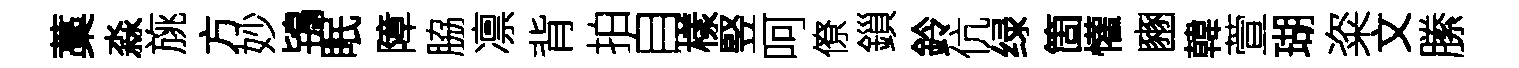
藁淼旐方妙鴇眠障脇凛背拍自樣竪呵僚鎻鈴伉绿箇懽豳韓萱瑚粢文縢